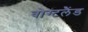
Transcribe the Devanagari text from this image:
वोग्टलैंड